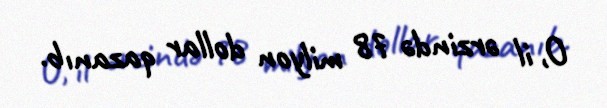
O, il ərzində 78 milyon dollar qazanıb.